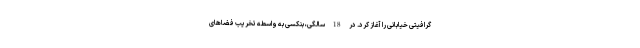
گرافیتی خیابانی را آغاز کرد. در 18 سالگی، بنکسی به واسطه تخریب فضاهای